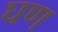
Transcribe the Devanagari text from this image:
घण